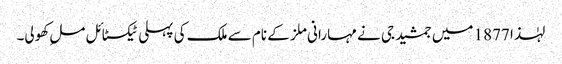
لہٰذا 1877 میں جمشید جی نے مہارانی ملز کے نام سے ملک کی پہلی ٹیکسٹائل ملِ کھولی۔